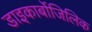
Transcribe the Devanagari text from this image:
डाइकार्बोजिलिक